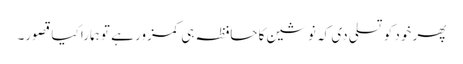
پھر خود کو تسلی دی کہ نوشین کا حافظہ ہی کمزور ہے تو ہمارا کیا قصور۔